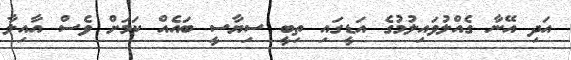
އަދި އޭނާ ގެއްލުވައިލުމުގެ އަޑީގައި ތިބީ ސިޔާސީ ބައެއް ކަމަށް ވެސް އާއިލާ